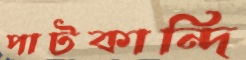
পাটকান্দি